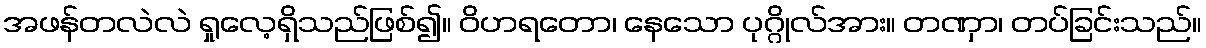
အဖန်တလဲလဲ ရှုလေ့ရှိသည်ဖြစ်၍။ ဝိဟရတော၊ နေသော ပုဂ္ဂိုလ်အား။ တဏှာ၊ တပ်ခြင်းသည်။